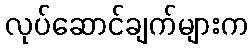
လုပ်ဆောင်ချက်များက